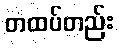
တထပ်တည်း